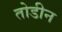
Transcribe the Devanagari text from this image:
तोडीन